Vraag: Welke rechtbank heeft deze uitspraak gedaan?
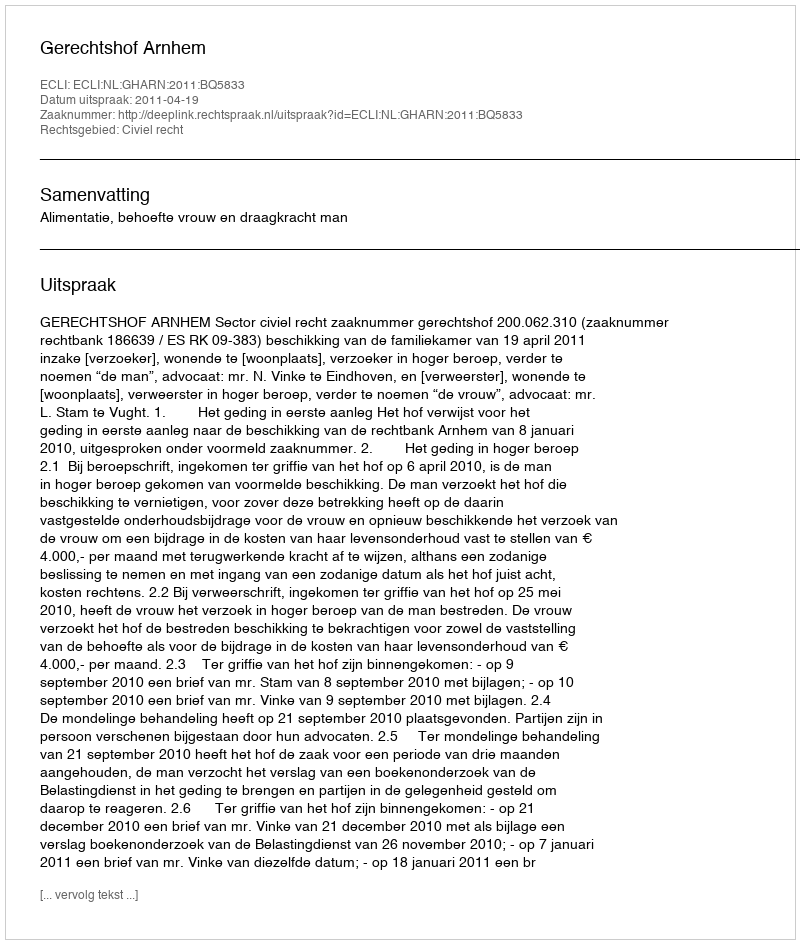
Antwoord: Gerechtshof Arnhem